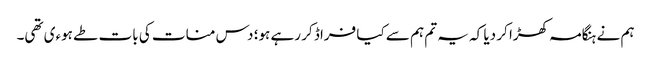
ہم نے ہنگامہ کھڑا کر دیا کہ یہ تم ہم سے کیا فراڈ کر رہے ہو؛ دس منات کی بات طے ہوءی تھی۔